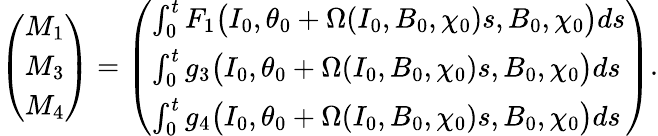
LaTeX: \left(\begin{array}{l}{M_{1}}\\ {M_{3}}\\ {M_{4}}\end{array}\right)=\left(\begin{array}{l}{\int_{0}^{t}F_{1}\big(I_{0},\theta_{0}+\Omega(I_{0},B_{0},\chi_{0})s,B_{0},\chi_{0}\big)ds}\\ {\int_{0}^{t}g_{3}\big(I_{0},\theta_{0}+\Omega(I_{0},B_{0},\chi_{0})s,B_{0},\chi_{0}\big)ds}\\ {\int_{0}^{t}g_{4}\big(I_{0},\theta_{0}+\Omega(I_{0},B_{0},\chi_{0})s,B_{0},\chi_{0}\big)ds}\end{array}\right).